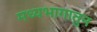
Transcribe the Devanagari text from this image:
मध्यभागातुन